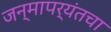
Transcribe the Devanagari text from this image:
जन्मापर्यंतचा